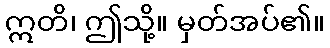
ဣတိ၊ ဤသို့။ မှတ်အပ်၏။